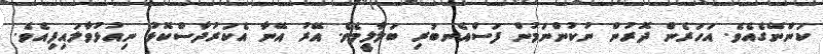
ކަންނޭގެއެވެ. އަހަރެން ދޮރުން ނުކުންނަމުން ފަސްއެނބުރި ބަލާލީމެވެ. އޭރު އޭނާ އެކަރުދާސްކޮޅު ނިއުޅުވާލައިފިއެވެ.